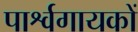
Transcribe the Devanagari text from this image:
पार्श्वगायकों